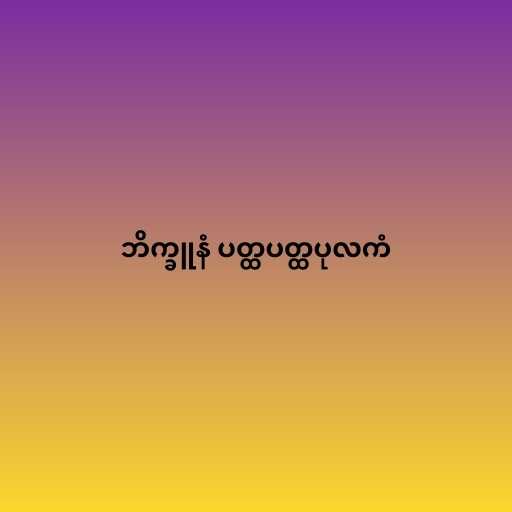
ဘိက္ခူနံ ပတ္ထပတ္ထပုလကံ